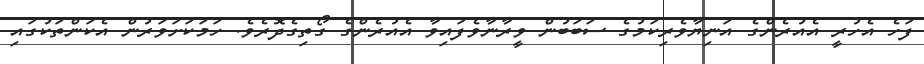
ފަހެ އެހުރީ އެއުރެންގެ އަނިޔާވެރިކަމުގެ ސަބަބުން ވީރާނާވެފައިވާ އެއުރެންގެ ގޯތިގެދޮރެވެ. ހަމަކަށަވަރުން އެކަންތަކުގައި